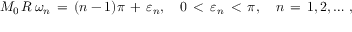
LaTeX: M _ { 0 } \, R \, \omega _ { n } \, = \, ( n - 1 ) \pi \, + \, \varepsilon _ { n } , \quad 0 \, < \, \varepsilon _ { n } \, < \, \pi , \quad n \, = \, 1 , 2 , \dots \, { , }